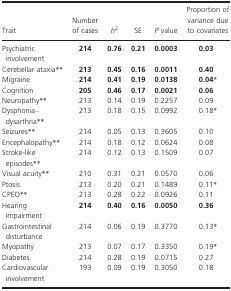
| Trait | Number of cases | h2 | SE | P value | Proportion of variance due to covariates |
 | --- | --- | --- | --- | --- | --- |
 | Psychiatric involvement | 214 | 0.76 | 0.21 | 0.0003 | 0.03 |
 | Cerebellar ataxiab | 213 | 0.45 | 0.16 | 0.0011 | 0.40 |
 | Migraine | 214 | 0.41 | 0.19 | 0.0138 | 0.04a |
 | Cognition | 205 | 0.46 | 0.17 | 0.0021 | 0.06 |
 | Neuropathyb | 213 | 0.14 | 0.19 | 0.2257 | 0.09 |
 | Dysphonia–dysarthriab | 213 | 0.18 | 0.15 | 0.0992 | 0.18a |
 | Seizuresb | 214 | 0.05 | 0.13 | 0.3605 | 0.10 |
 | Encephalopathyb | 214 | 0.18 | 0.12 | 0.0624 | 0.08 |
 | Stroke‐like episodesb | 214 | 0.12 | 0.13 | 0.1509 | 0.07 |
 | Visual acuityb | 210 | 0.31 | 0.21 | 0.0570 | 0.06 |
 | Ptosis | 213 | 0.20 | 0.21 | 0.1489 | 0.11a |
 | CPEOb | 213 | 0.28 | 0.22 | 0.0926 | 0.11 |
 | Hearing impairment | 214 | 0.40 | 0.16 | 0.0050 | 0.36 |
 | Gastrointestinal disturbance | 214 | 0.06 | 0.19 | 0.3770 | 0.13a |
 | Myopathy | 213 | 0.07 | 0.17 | 0.3350 | 0.19a |
 | Diabetes | 214 | 0.28 | 0.19 | 0.0715 | 0.27 |
 | Cardiovascular involvement | 193 | 0.09 | 0.19 | 0.3050 | 0.18 |